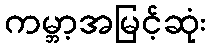
ကမ္ဘာ့အမြင့်ဆုံး